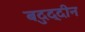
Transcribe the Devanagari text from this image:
बदुद्दीन